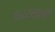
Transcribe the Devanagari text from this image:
१९२२साली